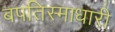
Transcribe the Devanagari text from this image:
बपतिस्माधारी